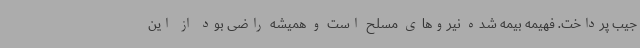
جیب پرداخت. فهیمه بیمه شده نیروهای مسلح است و همیشه راضی بود از این